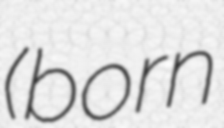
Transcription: (born